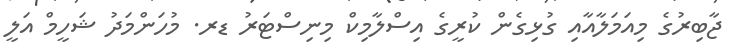
ޖާބިރުގެ މިއަމަލާއާއި ގުޅިގެން ކުރީގެ އިސްލާމިކް މިނިސްޓަރު ޑރ. މުހަންމަދު ޝަހީމް އަލީ